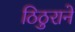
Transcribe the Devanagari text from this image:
ठिठुराने